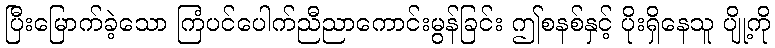
ပြီးမြောက်ခဲ့သော ကြံပင်ပေါက်ညီညာကောင်းမွန်ခြင်း ဤစနစ်နှင့် ပိုးရှိနေသူ ပျို့ကို